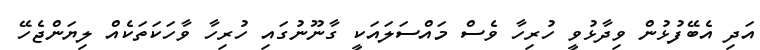
އަދި އެބޭފުޅުން ވިދާޅުވީ ހުރިހާ ވެސް މައްސަލައަކީ ގާނޫނުގައި ހުރިހާ ވާހަކަތަކެއް ލިޔަންޖެހޭ